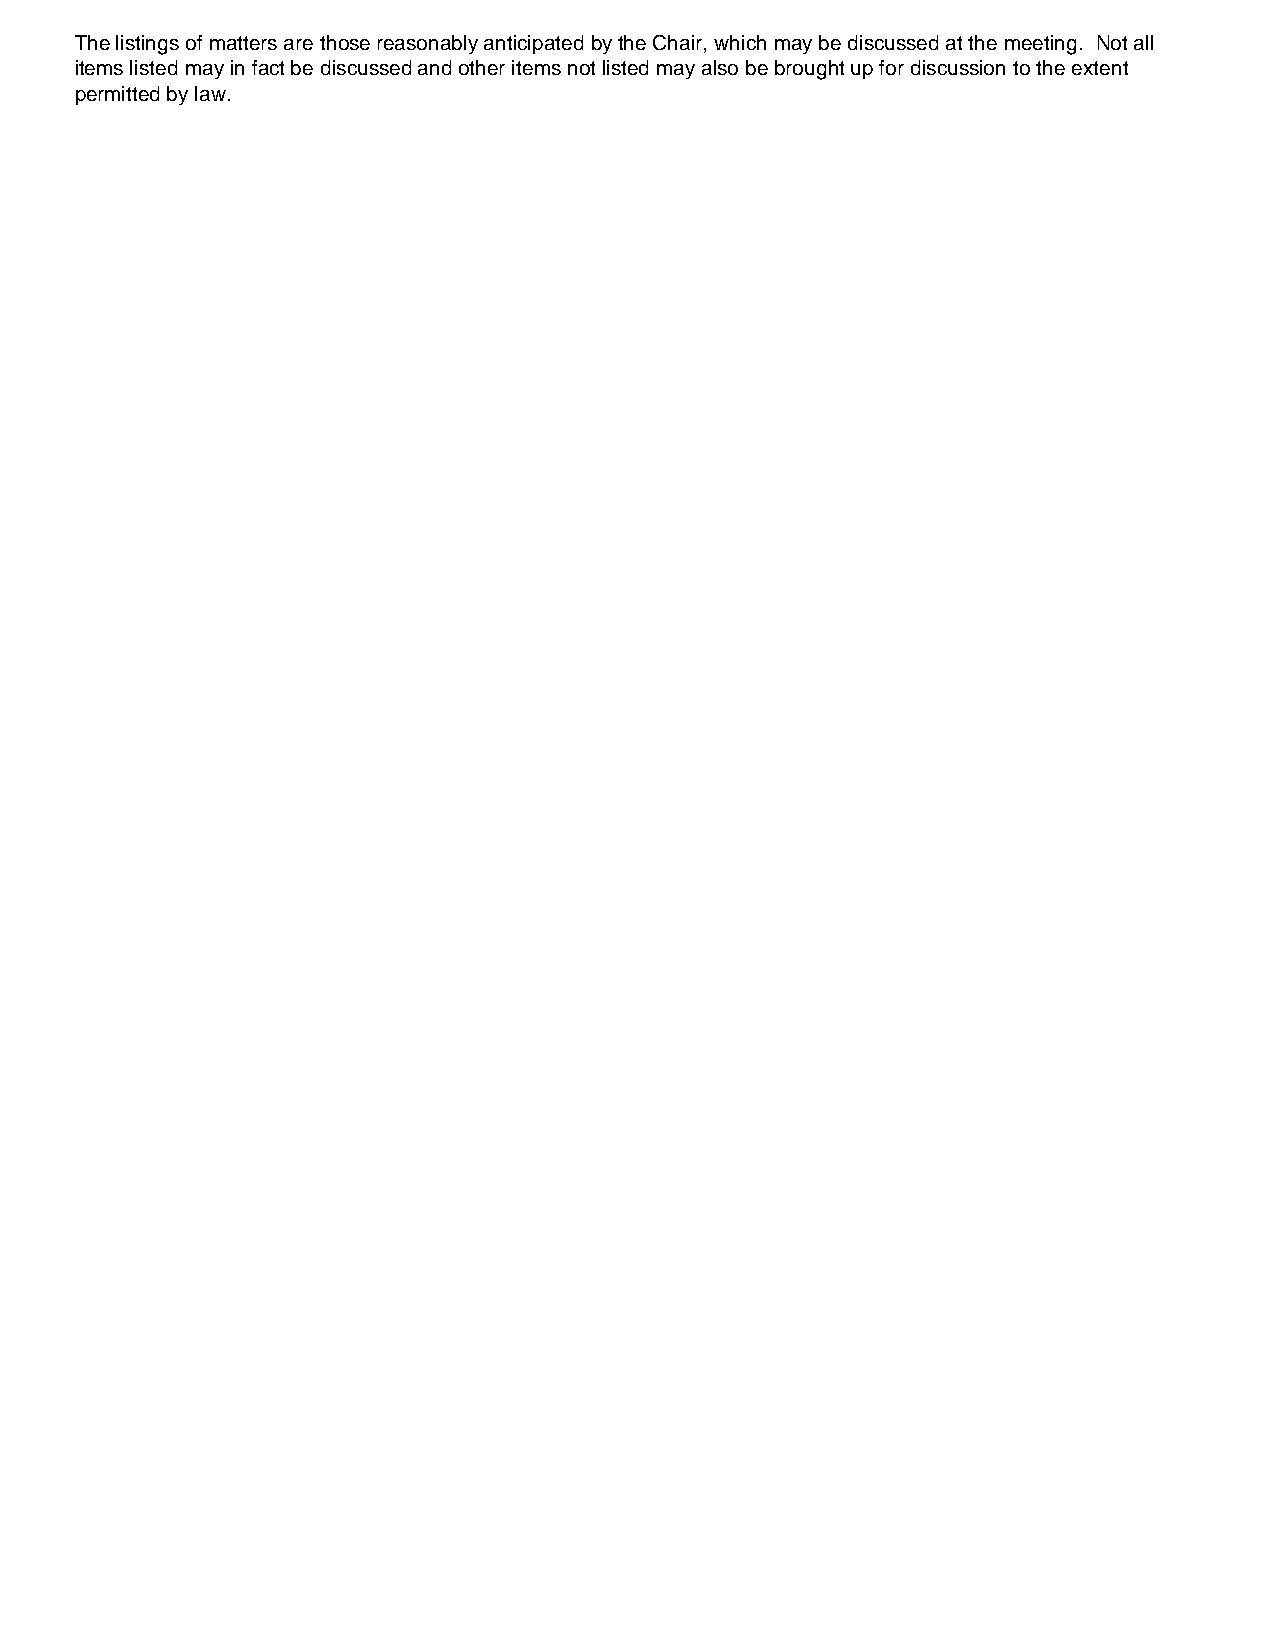
The listings of matters are those reasonably anticipated by the Chair, which may be discussed at the meeting. Not all
 items listed may in fact be discussed and other items not listed may also be brought up for discussion to the extent
 permitted by law.